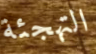
التهجئة